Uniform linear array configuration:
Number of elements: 8
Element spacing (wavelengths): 0.5
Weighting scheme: hann
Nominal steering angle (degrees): -15
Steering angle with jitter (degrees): -15.989
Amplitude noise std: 0.05
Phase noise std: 0.05

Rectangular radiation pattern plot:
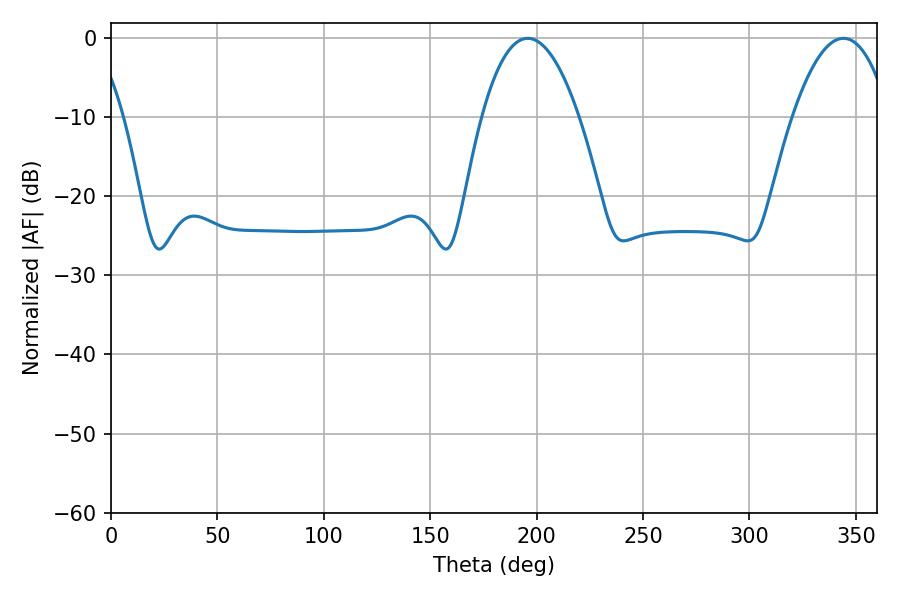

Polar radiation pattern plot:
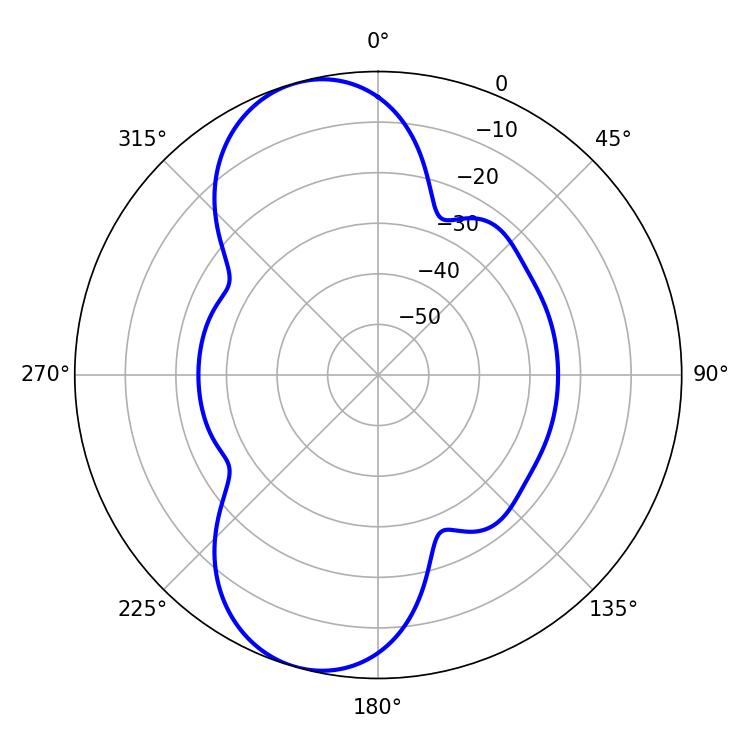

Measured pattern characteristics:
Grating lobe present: FALSE
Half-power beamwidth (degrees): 25.2
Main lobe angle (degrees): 195.84